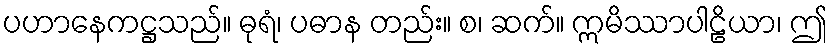
ပဟာနေကဋ္ဌသည်။ ဓုရံ၊ ပဓာန တည်း။ စ၊ ဆက်။ ဣမိဿာပါဠိယာ၊ ဤ